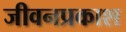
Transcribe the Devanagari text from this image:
जीवनप्रकाश